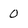
Character: 0